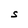
Character: S